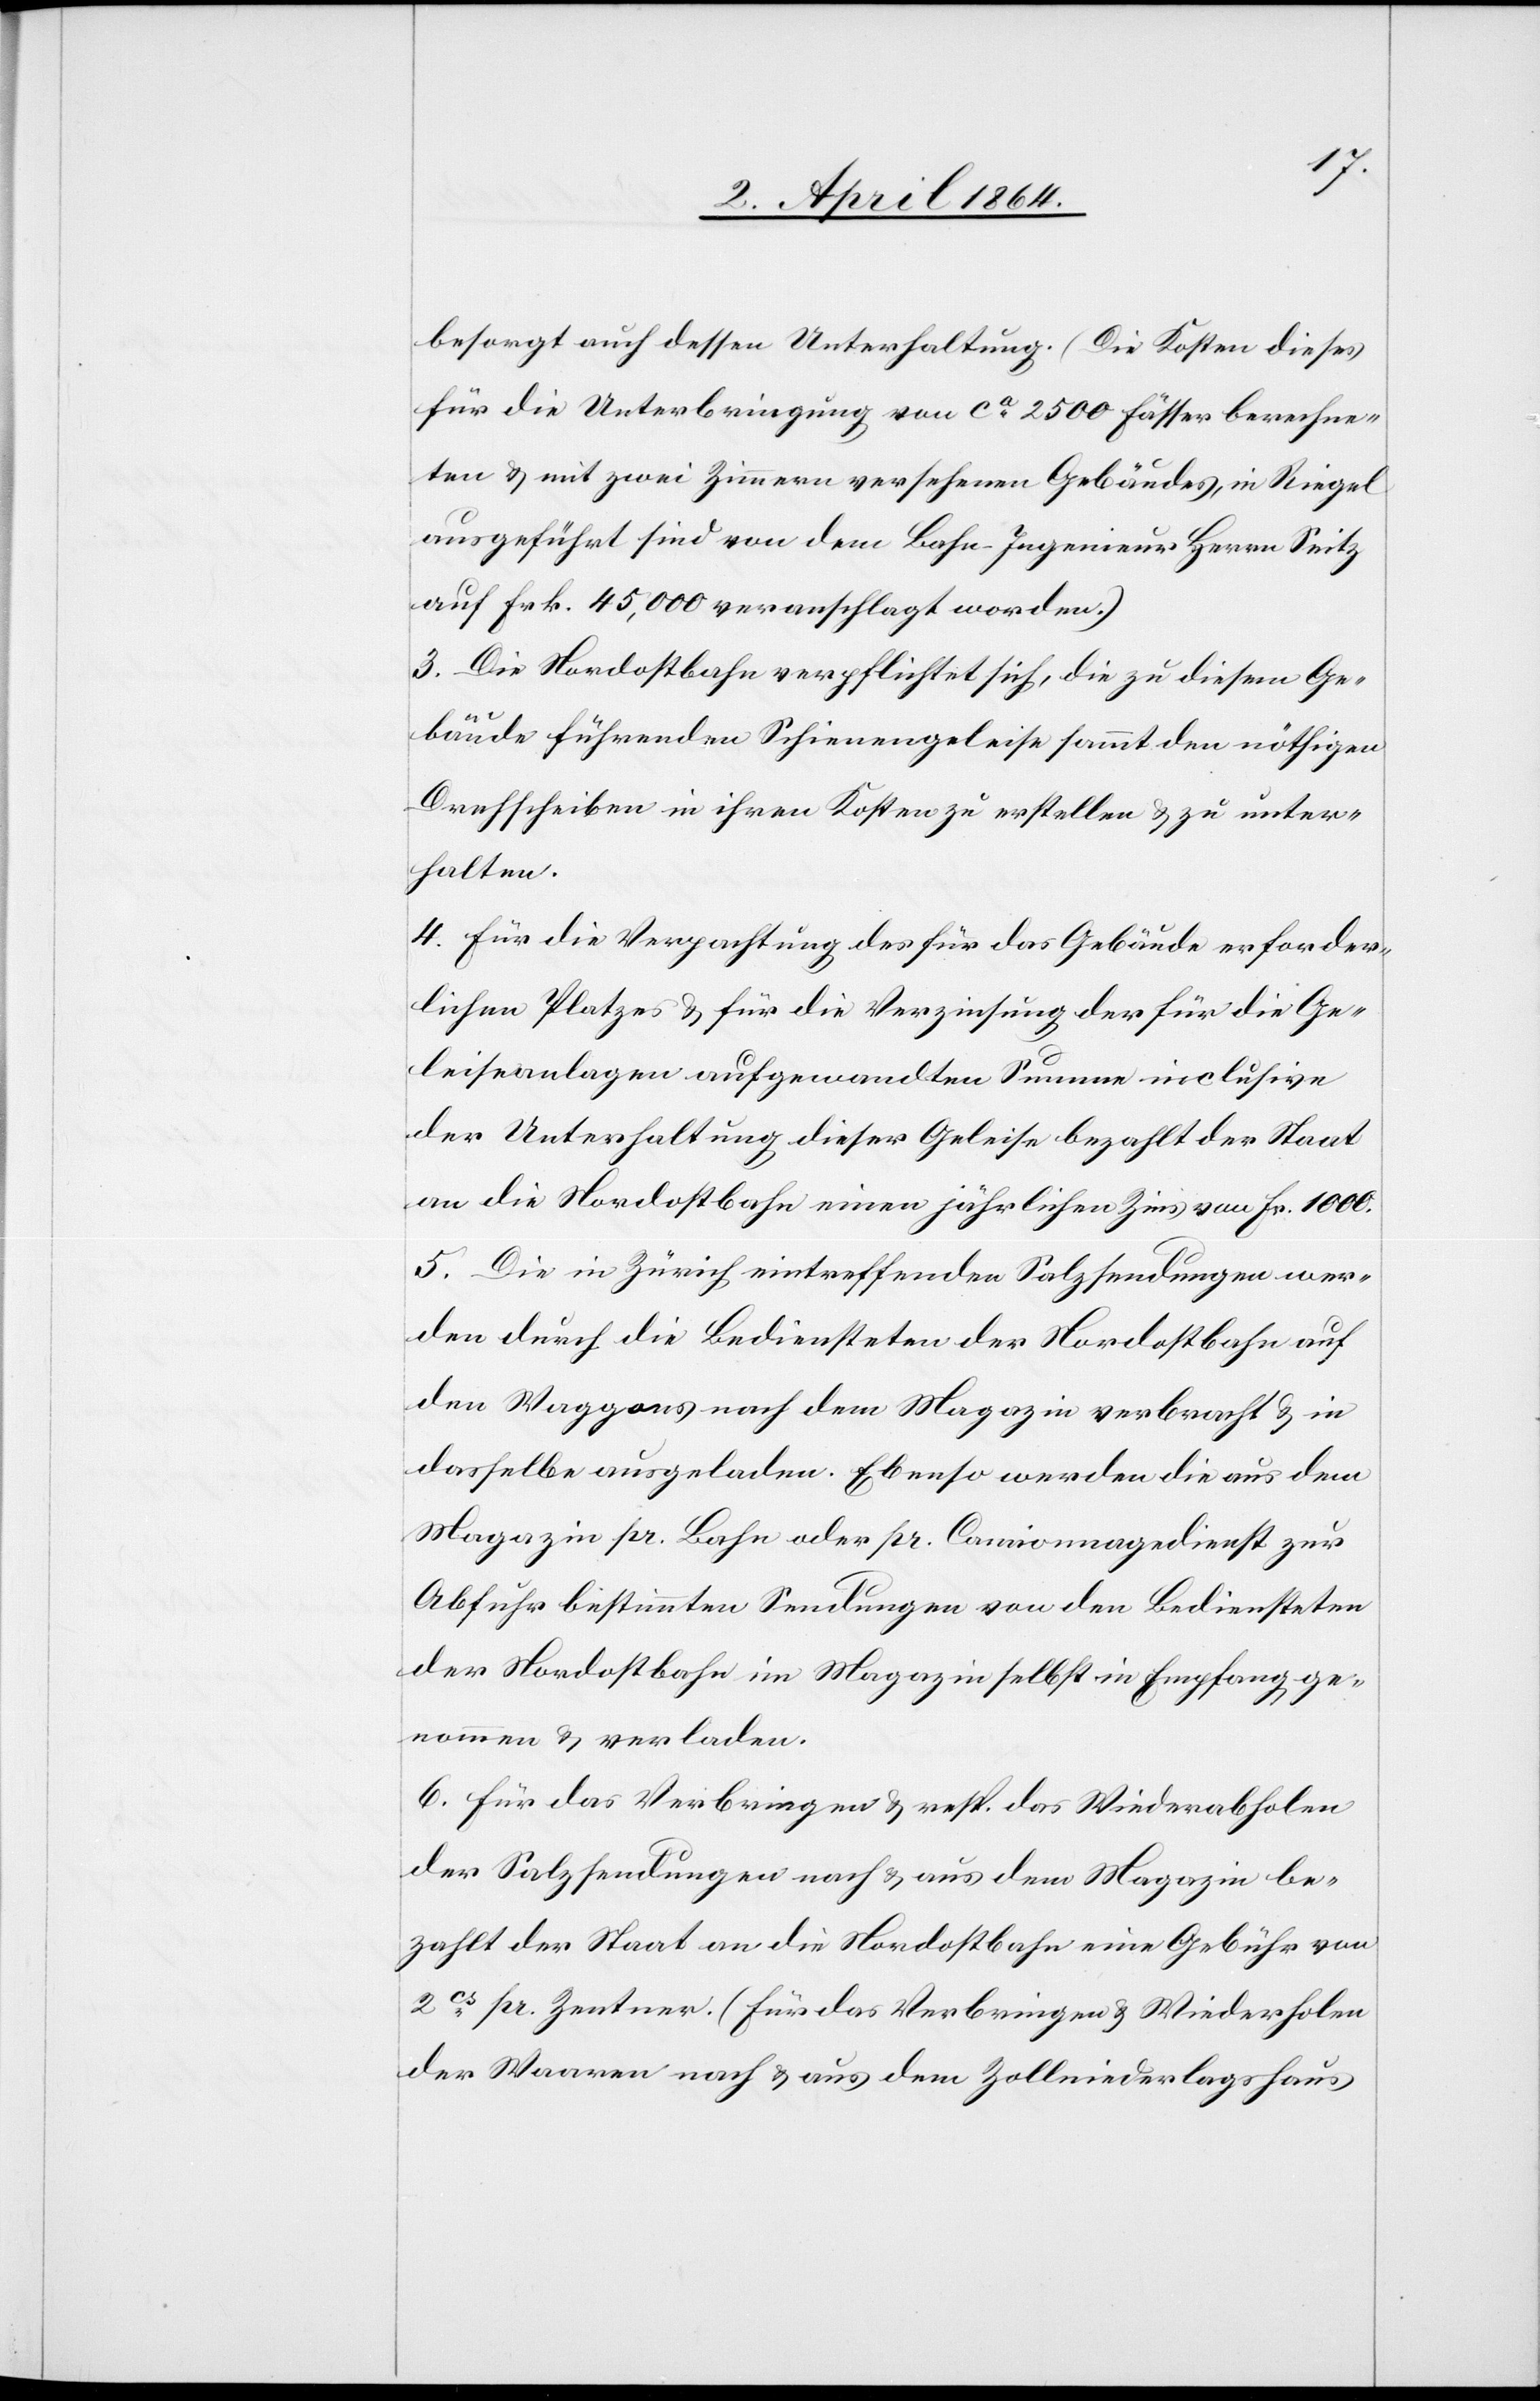
besorgt auch dessen Unterhaltung. (Die Kosten dieses
für die Unterbringung von ca 2500 Fässer berechne¬
ten u. mit zwei Zimmern versehenen Gebäudes, in Riegel
ausgeführt sind von dem Bahn-Ingenieur Herrn Seitz
auf Frk. 45,000 veranschlagt worden.)
3. Die Nordostbahn verpflichtet sich, die zu diesem Ge¬
bäude führenden Schienengeleise sammt den nöthigen
Drehscheiben in ihren Kosten zu erstellen u. zu unter¬
halten.
4. Für die Verpachtung des für das Gebäude erforder¬
lichen Platzes u. für die Verzinsung der für die Ge¬
leiseanlagen aufgewandten Summe inclusive
der Unterhaltung dieser Geleise bezahlt der Staat
an die Nordostbahn einen jährlichen Zins von Fr. 1000.
5. Die in Zürich eintreffenden Salzsendungen wer¬
den durch die Bediensteten der Nordostbahn auf
den Waggons nach dem Magazin verbracht u. in
dasselbe ausgeladen. Ebenso werden die aus dem
Magazin pr. Bahn oder pr. Camionnagedienst zur
Abfuhr bestimmten Sendungen von den Bediensteten
der Nordostbahn im Magazin selbst in Empfang ge¬
nommen u. verladen.
6. Für das Verbringen u. resp. das Wiederabholen
der Salzsendungen nach u. aus dem Magazin be¬
zahlt der Staat an die Nordostbahn eine Gebühr von
2cs pr. Zentner. (Für das Verbringen u. Wiederholen
der Waaren nach u. aus dem Zollniederlagshaus